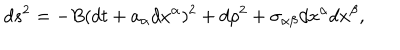
d s ^ { 2 } = - B ( d t + a _ { \alpha } d x ^ { \alpha } ) ^ { 2 } + d \rho ^ { 2 } + \sigma _ { \alpha \beta } d x ^ { \alpha } d x ^ { \beta } ,